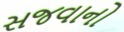
સજવાનો